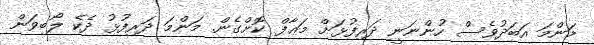
މަންމަ އަބަދުވެސް ހުންނަނީ ދަރިފުޅަށް މަޢާފް ކޮށްގެން. މަންމަ ދަރިފުޅު ދެކެ ލޯބިވަން